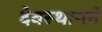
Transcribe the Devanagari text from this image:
देवस्थानने